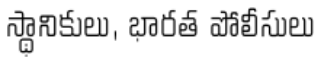
స్థానికులు, భారత పోలీసులు